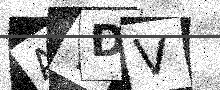
Text: ATDV